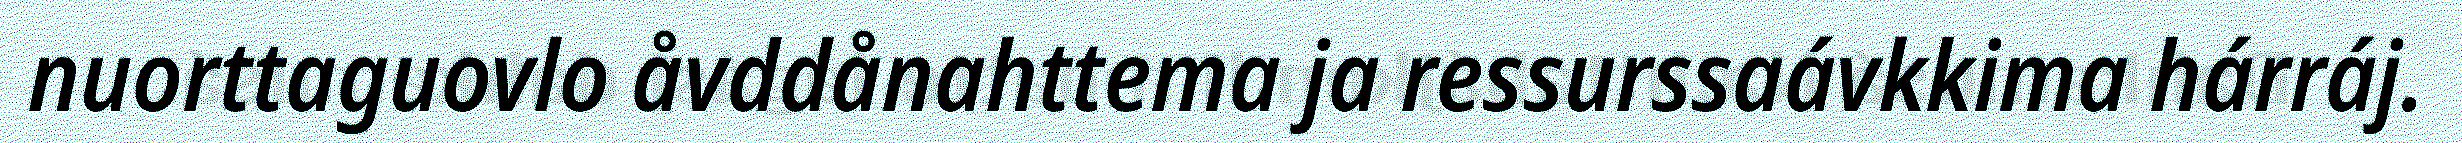
nuorttaguovlo åvddånahttema ja ressurssaávkkima hárráj.